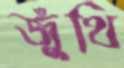
জুঁথি